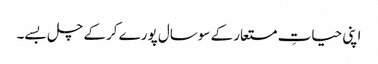
اپنی حیاتِ مستعار کے سوسال پورے کرکے چل بسے۔